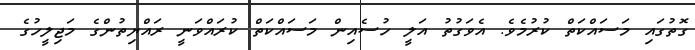
ގޮތުގައި މަސައްކަތް ކުރުމެވެ. އެވަގުތު އަލީ ހުސެއިން މަސައްކަތް ކުރައްވަނީ ރައްޔިތުންގެ މަޖިލީހުގެ